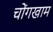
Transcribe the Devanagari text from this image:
चोंगखाम